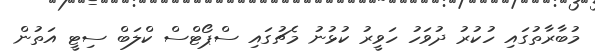
މުބާރާތުގައި ހުކުރު ދުވަހު ހަވީރު ކުޅުނު މެޗުގައި ސްޕޯޓްސް ކްލަބް ސިޓީ އަތުން